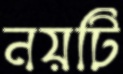
নয়টি